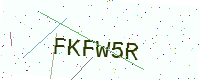
Text: FKFW5R